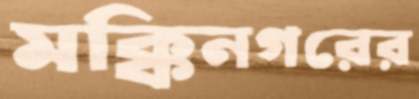
মক্কিনগরের